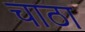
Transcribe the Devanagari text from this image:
चाठा